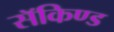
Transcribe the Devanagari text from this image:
सॅकिण्ड